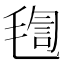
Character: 𣮴